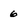
Character: 6